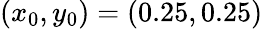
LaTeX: (x_{0},y_{0})=(0.25,0.25)